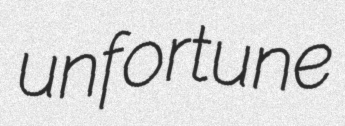
unfortune